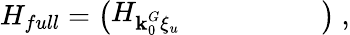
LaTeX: H_{full}=\left(\begin{array}{llllll}{H_{\textbf{k}_{0}^{G}\xi_{u}}}&{}&{}&{}&{}&{}\end{array}\right)~,